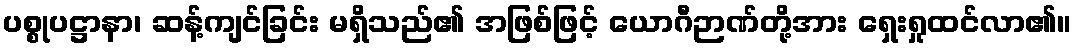
ပစ္စုပဋ္ဌာနာ၊ ဆန့်ကျင်ခြင်း မရှိသည်၏ အဖြစ်ဖြင့် ယောဂီဉာဏ်တို့အား ရှေးရှုထင်လာ၏။